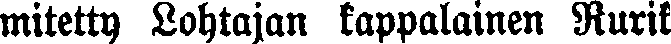
mitetty Lohtajan kappalainen Rurik